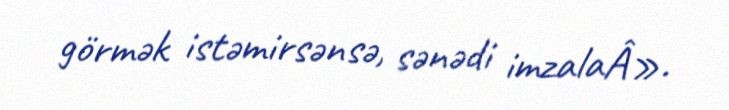
görmək istəmirsənsə, sənədi imzalaÂ».